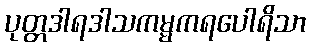
ပုတ္တဒါရဒါသကမ္မကရပေါရိသာ